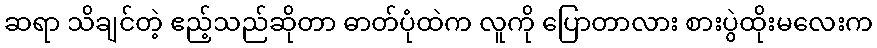
ဆရာ သိချင်တဲ့ ဧည့်သည်ဆိုတာ ဓာတ်ပုံထဲက လူကို ပြောတာလား စားပွဲထိုးမလေးက